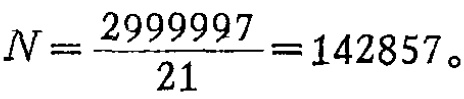
\[

N=\frac{2999997}{21}=142857。

\]